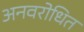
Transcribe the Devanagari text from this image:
अनवरोधित